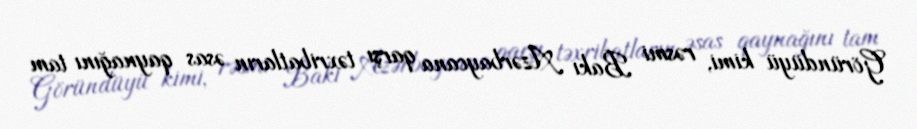
Göründüyü kimi, rəsmi Bakı Azərbaycana qarşı təxribatların əsas qaynağını tam